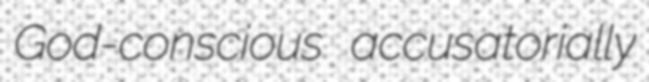
God-conscious accusatorially